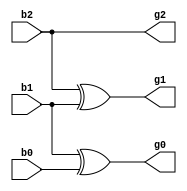
module binaryTogray(b2,b1,b0,g2,g1,g0);
  
  input b2,b1,b0; 
  output g2,g1,g0;
   
  assign g2=b2; 
  assign g1=b2^b1; 
  assign g0=b1^b0;

endmodule

module stim_binTgray();
  
  wire g2,g1,g0;
  reg b2,b1,b0;
  
  binaryTogray bg(b2,b1,b0,g2,g1,g0);
  
  initial begin
    
    #10
    b2 = 1'b0;  b1 = 1'b1;  b0 = 1'b0;
    #10
    b2 = 1'b1;
    #10
    b2 = 1'b0; b1 = 1'b0; b0 = 1'b1;
    #10
    b2 = 1'b1;
    
  end
  
endmodule